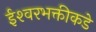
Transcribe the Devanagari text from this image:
ईश्‍वरभक्तीकडे